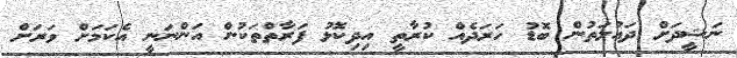
ނަޝީދަށް ދައުލަތުން ބޮޑު ހަރަދެއް ކުރާތީ އިދިކޮޅު ފަރާތްތަކުން އަންނަނީ އެކަމަށް ވަރަށް